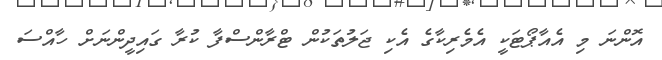
އޮންނަ މި އެއާޕޯޓަކީ އެމެރިކާގެ އެކި ޖަލުތަކުން ޓްރާންސްފާ ކުރާ ގައިދީންނަށް ހާއްސަ